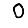
Digit: 0